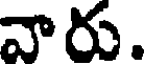
వారు.